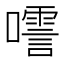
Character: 㘊